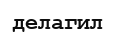
делагил